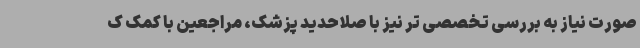
صورت نیاز به بررسی تخصصی تر نیز با صلاحدید پزشک، مراجعین با کمک ک